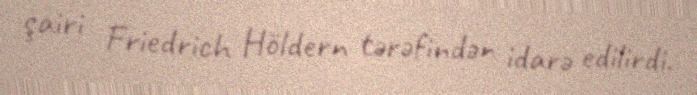
şairi Friedrich Höldern tərəfindən idarə edilirdi.